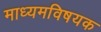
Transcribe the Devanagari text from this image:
माध्यमविषयक